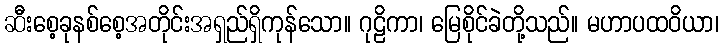
ဆီးစေ့ခုနစ်စေ့အတိုင်းအရှည်ရှိကုန်သော။ ဂုဠိကာ၊ မြေစိုင်ခဲတို့သည်။ မဟာပထဝိယာ၊